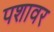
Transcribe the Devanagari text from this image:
पशावर